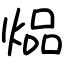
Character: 煰